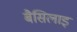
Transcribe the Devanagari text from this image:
बैसिलाइ